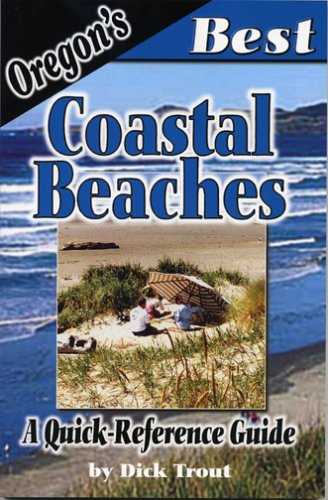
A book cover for Oregon's Best Coastal Beaches: A Quick-reference Guide; Dick Trout; Travel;